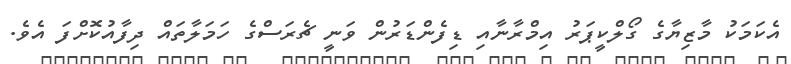
އެކަމަކު މާޒިޔާގެ ގޯލްކީޕަރު އިމްރާނާއި ޑިފެންޑަރުން ވަނީ ޗެރަސްގެ ހަމަލާތައް ދިފާއުކޮށްފަ އެވެ.